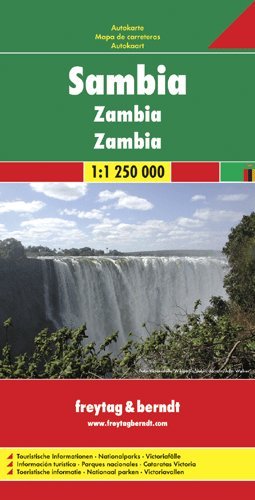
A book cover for Zambia 1:1 000 000 fb (English, Spanish, French, Italian and German Edition); Freytag & Berndt; Travel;